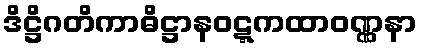
ဒိဋ္ဌိဂတိကာဓိဋ္ဌာနဝဋ္ဋကထာဝဏ္ဏနာ